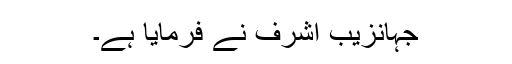
جہانزیب اشرف نے فرمایا ہے۔